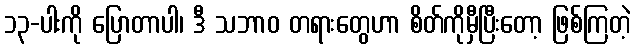
၁၃-ပါးကို ပြောတာပါ၊ ဒီ သဘာဝ တရားတွေဟာ စိတ်ကိုမှီပြီးတော့ ဖြစ်ကြတဲ့